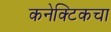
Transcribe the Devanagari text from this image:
कनेक्टिकचा